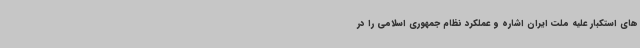
های استکبار علیه ملت ایران اشاره و عملکرد نظام جمهوری اسلامی را در